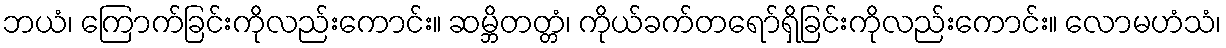
ဘယံ၊ ကြောက်ခြင်းကိုလည်းကောင်း။ ဆမ္ဘိတတ္တံ၊ ကိုယ်ခက်တရော်ရှိခြင်းကိုလည်းကောင်း။ လောမဟံသံ၊